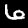
Digit: 6